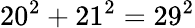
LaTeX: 20^{2}+21^{2}=29^{2}